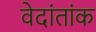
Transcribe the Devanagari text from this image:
वेदांतांक